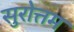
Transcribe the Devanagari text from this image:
सुरोत्तम